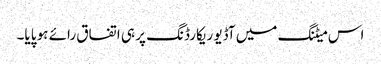
اس میٹنگ میں آڈیو ریکارڈنگ پر ہی اتفاق رائے ہو پایا۔